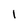
Character: 1